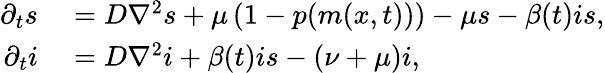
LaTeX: \begin{array}{rl}{\partial_{t}s}&{{}=D\nabla^{2}s+\mu\left(1-p(m(x,t))\right)-\mu s-\beta(t)is,}\\ {\partial_{t}i}&{{}=D\nabla^{2}i+\beta(t)is-(\nu+\mu)i,}\end{array}